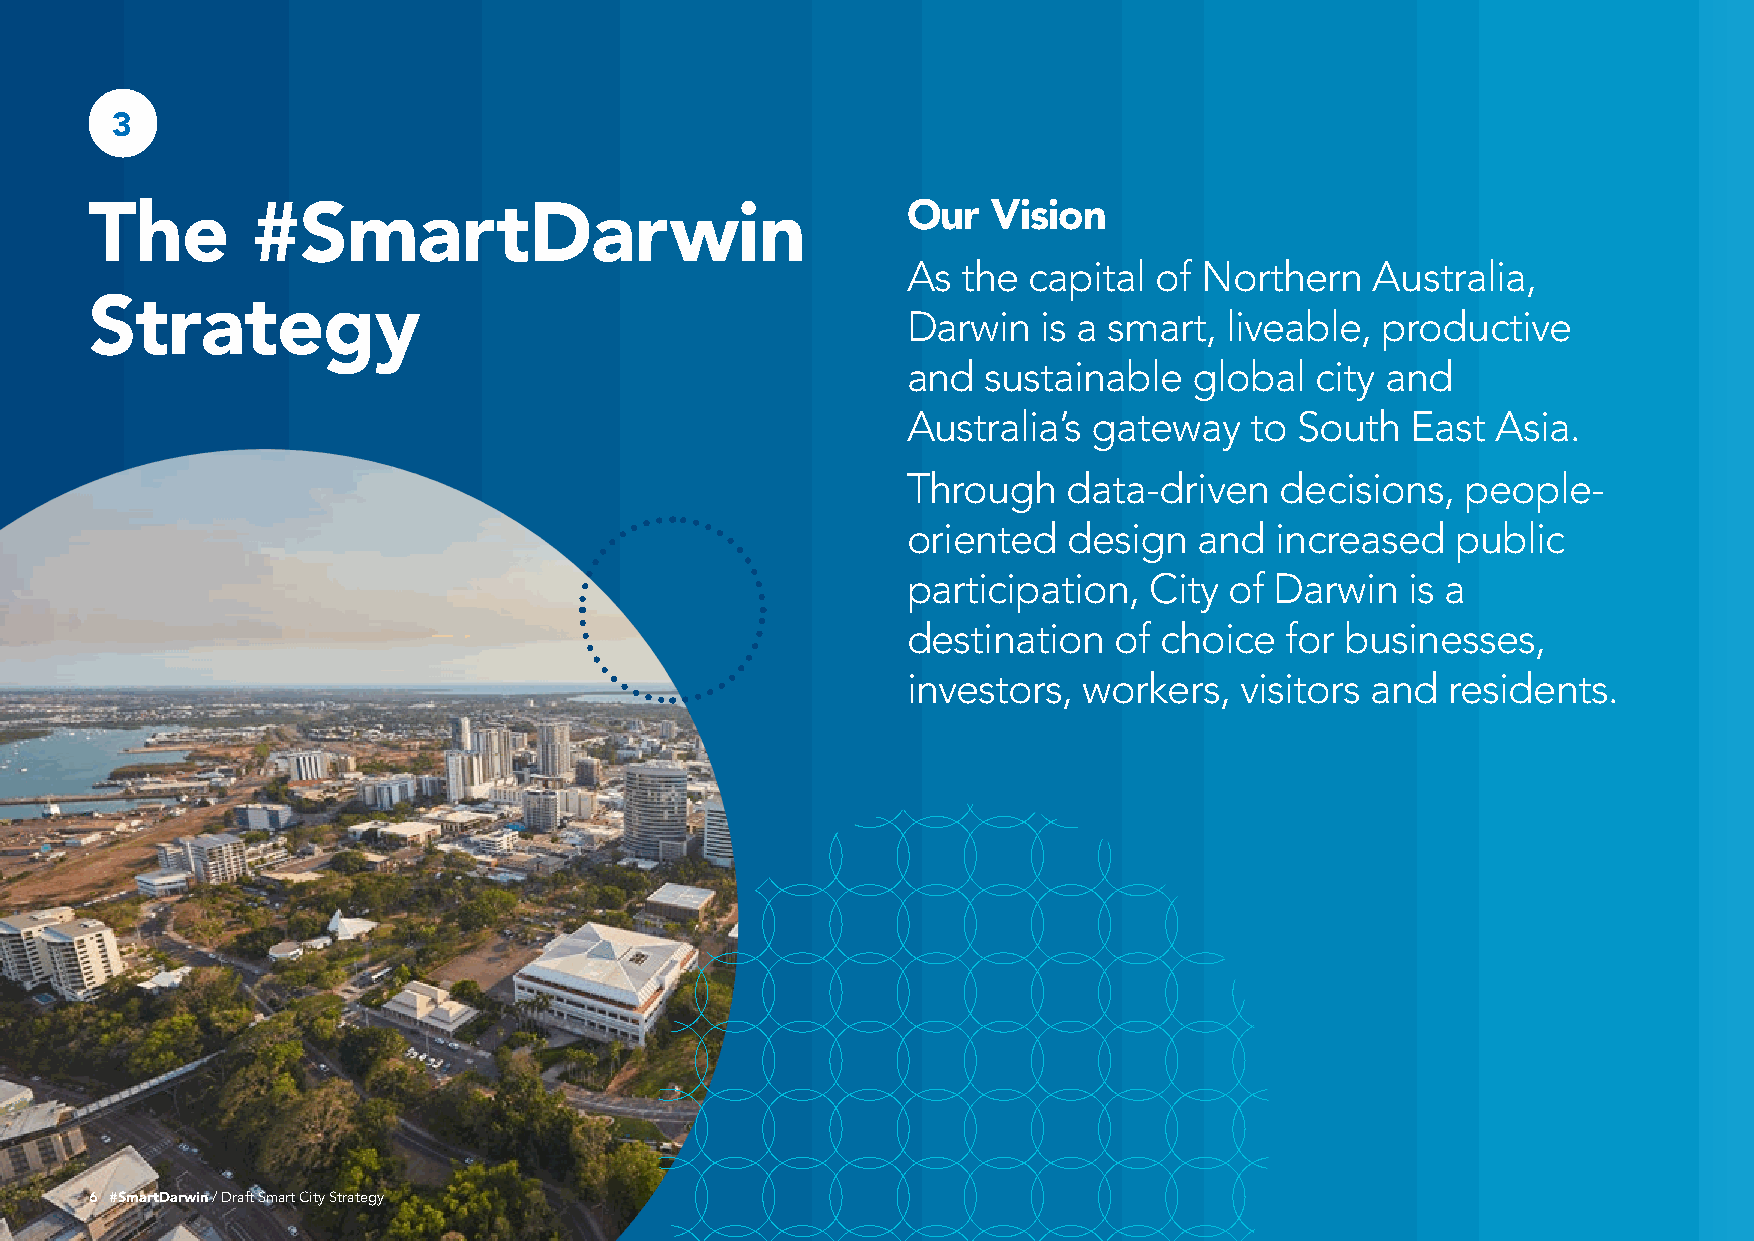
3
 The        #SmartDarwin                               Our   Vision
 As  the capital  of Northern   Australia,
 Strategy
 Darwin   is a smart, liveable, productive
 and  sustainable   global  city and
 Australia’s gateway    to South  East  Asia.
 Through    data-driven   decisions,  people-
 oriented   design  and  increased   public
 participation,  City of Darwin   is a
 destination   of choice  for businesses,
 investors,  workers,  visitors and  residents.
 6 #SmartDarwin / Draft Smart City Strategy